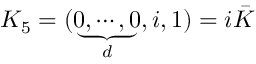
K _ { 5 } = ( \underbrace { 0 , \cdots , 0 } _ { d } , i , 1 ) = i \bar { K }